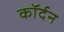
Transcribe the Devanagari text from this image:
कॉर्दन